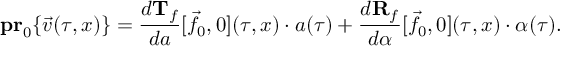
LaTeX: { \bf p r } _ { 0 } \{ \vec { v } ( \tau , x ) \} = \frac { d { \bf T } _ { f } } { d a } [ \vec { f } _ { 0 } , 0 ] ( \tau , x ) \cdot a ( \tau ) + \frac { d { \bf R } _ { f } } { d \alpha } [ \vec { f } _ { 0 } , 0 ] ( \tau , x ) \cdot \alpha ( \tau ) .